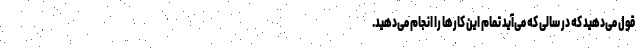
قول می‌دهید که در سالی که می‌آید تمام این کارها را انجام می‌دهید.